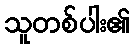
သူတစ်ပါး၏